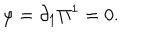
LaTeX: \varphi = \partial _ { 1 } \Pi ^ { 1 } = 0 .